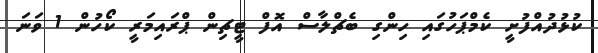
ކުޅުދުއްފުށީ ކެމްޕަހުގައި ހިންގި ބެޗްލާސް އޮފް ޓީޗިން ޕްރައިމަރީ ކޯހުން 1 ވަނަ